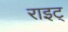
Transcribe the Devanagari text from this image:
राइट्‍